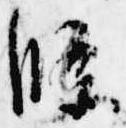
条